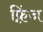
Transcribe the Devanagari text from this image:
फ़्रिंज